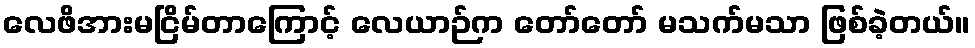
လေဖိအားမငြိမ်တာကြောင့် လေယာဉ်က တော်တော် မသက်မသာ ဖြစ်ခဲ့တယ်။